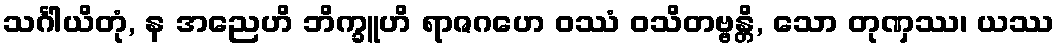
သင်္ဂါယိတုံ, န အညေဟိ ဘိက္ခူဟိ ရာဇဂဟေ ဝဿံ ဝသိတဗ္ဗန္တိ, သော တုဏှဿ၊ ယဿ